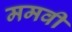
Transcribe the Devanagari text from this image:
ममवी